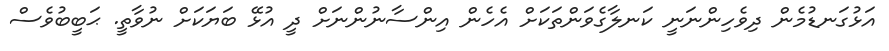
އަޅުގަނޑުމެން ދިވެހިންނަނީ ކަނލާގެވަންތަކަށް އެހެން އިންސާނުންނަށް ދީ އުޅޭ ބަޔަކަށް ނުވާތީ. ޙަބީބުވެސް